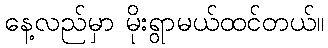
နေ့လည်မှာ မိုးရွာမယ်ထင်တယ်။